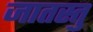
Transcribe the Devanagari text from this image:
जातस्तु